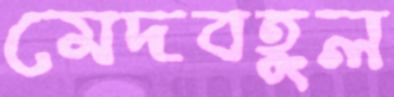
মেদবহুল